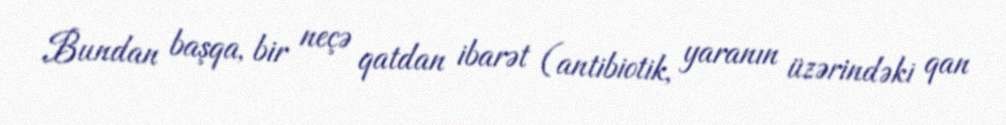
Bundan başqa, bir neçə qatdan ibarət (antibiotik, yaranın üzərindəki qan